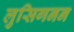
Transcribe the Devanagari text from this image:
लुसिगनन